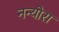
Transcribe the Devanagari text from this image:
नन्योरा